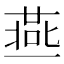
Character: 𱍥